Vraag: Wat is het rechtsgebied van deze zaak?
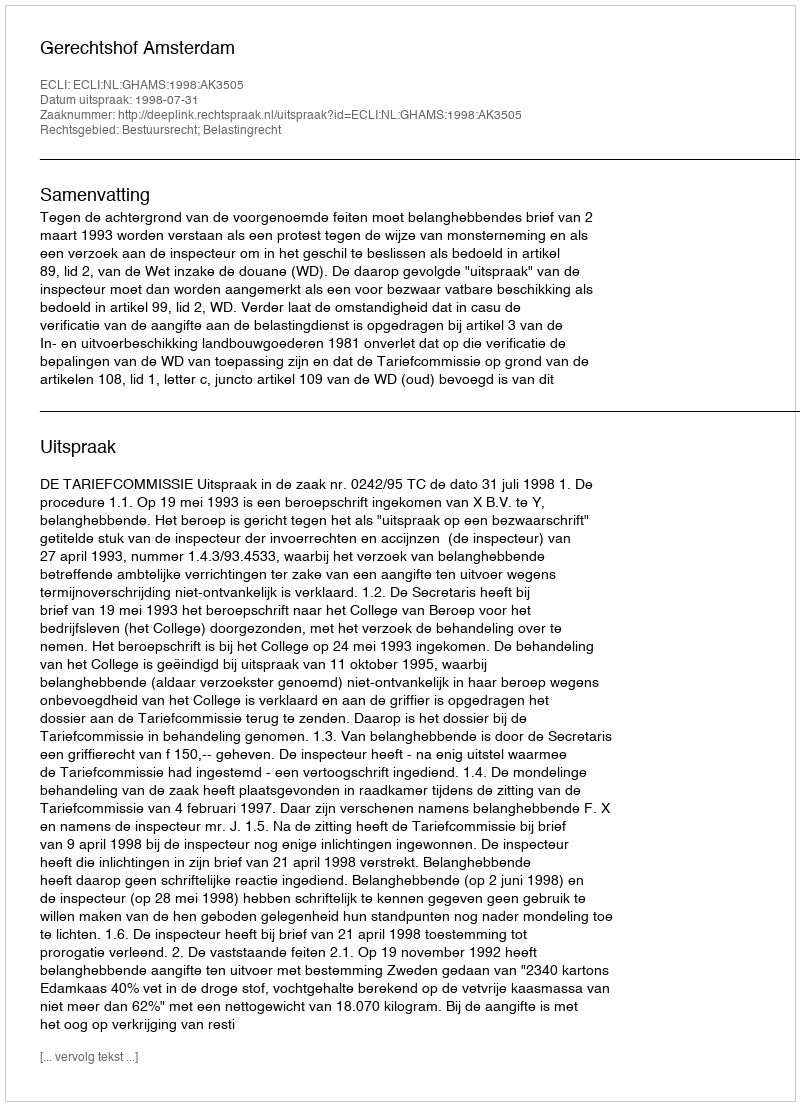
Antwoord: Bestuursrecht; Belastingrecht